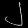
Digit: ၂